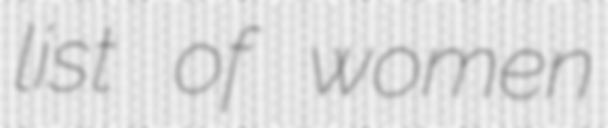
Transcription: list of women